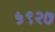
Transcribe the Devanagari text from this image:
५९२७